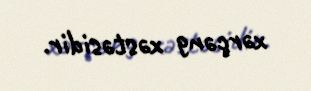
xərçəng xəstəsidir.